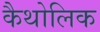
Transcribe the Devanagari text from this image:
कैथोलिक